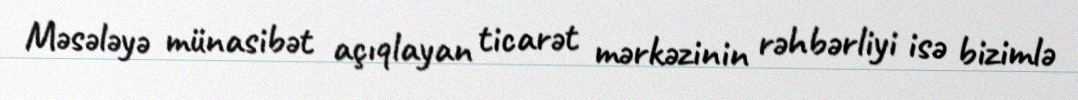
Məsələyə münasibət açıqlayan ticarət mərkəzinin rəhbərliyi isə bizimlə